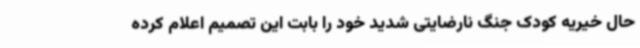
حال خیریه کودک جنگ نارضایتی شدید خود را بابت این تصمیم اعلام کرده